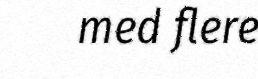
med flere